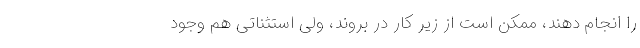
را انجام دهند، ممکن است از زیر کار در بروند، ولی استثناتی هم وجود